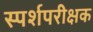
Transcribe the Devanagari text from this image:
स्पर्शपरीक्षक